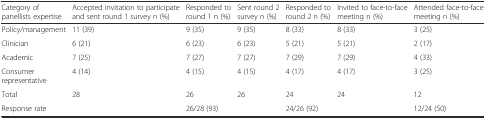
| Category of panellists expertise | Accepted invitation to participate and sent round 1 survey n (%) | Responded to round 1 n (%) | Sent round 2 survey n (%) | Responded to round 2 n (%) | Invited to face-to-face meeting n (%) | Attended face-to-face meeting n (%) |
 | --- | --- | --- | --- | --- | --- | --- |
 | Policy/management | 11 (39) | 9 (35) | 9 (35) | 8 (33) | 8 (33) | 3 (25) |
 | Clinician | 6 (21) | 6 (23) | 6 (23) | 5 (21) | 5 (21) | 2 (17) |
 | Academic | 7 (25) | 7 (27) | 7 (27) | 7 (29) | 7 (29) | 4 (33) |
 | Consumer representative | 4 (14) | 4 (15) | 4 (15) | 4 (17) | 4 (17) | 3 (25) |
 | Total | 28 | 26 | 26 | 24 | 24 | 12 |
 | Response rate |  | 26/28 (93) |  | 24/26 (92) |  | 12/24 (50) |